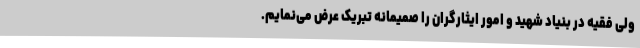
ولی فقیه در بنیاد شهید و امور ایثارگران را صمیمانه تبریک عرض می‌نمایم.